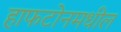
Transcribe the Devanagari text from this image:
हाफटोनमधील